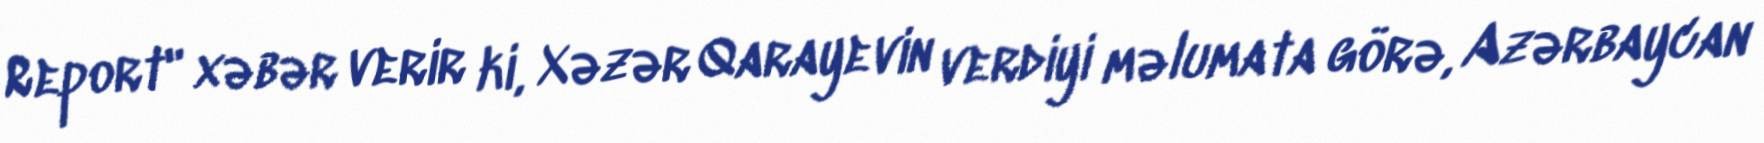
Report" xəbər verir ki, Xəzər Qarayevin verdiyi məlumata görə, Azərbaycan